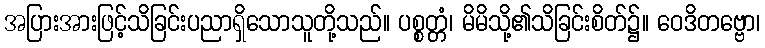
အပြားအားဖြင့်သိခြင်းပညာရှိသောသူတို့သည်။ ပစ္စတ္တံ၊ မိမိသို့၏သိခြင်းစိတ်၌။ ဝေဒိတဗ္ဗော၊